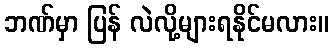
ဘဏ်မှာ ပြန် လဲလို့များရနိုင်မလား။